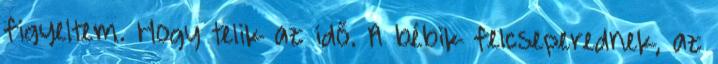
figyeltem. Hogy telik az idő. A bébik felcseperednek, az